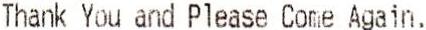
THANK YOU AND PLEASE COME AGAIN.